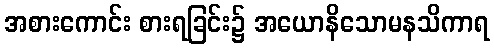
အစားကောင်း စားရခြင်း၌ အယောနိသောမနသိကာရ